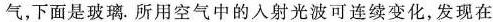
气，下面是玻璃。所用空气中的入射光波可连续变化，发现在